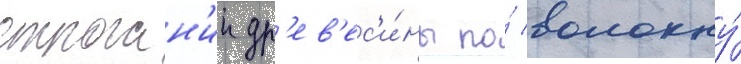
строган'ии др'ев'ес'и́ны по́ волокну́